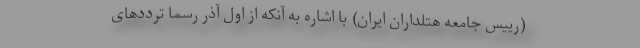
(رییس جامعه هتلداران ایران) با اشاره به آنکه از اول آذر رسماً ترددهای